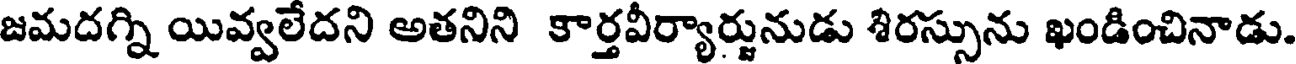
జమదగ్ని యివ్వలేదని అతనిని కార్తవీర్యార్జునుడు శిరస్సును ఖండించినాడు.